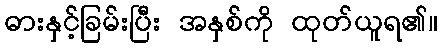
ဓားနှင့်ခြမ်းပြီး အနှစ်ကို ထုတ်ယူရ၏။